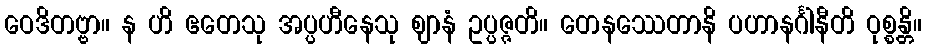
ဝေဒိတဗ္ဗာ။ န ဟိ ဧတေသု အပ္ပဟီနေသု ဈာနံ ဥပ္ပဇ္ဇတိ။ တေနဿေတာနိ ပဟာနင်္ဂါနီတိ ဝုစ္စန္တိ။